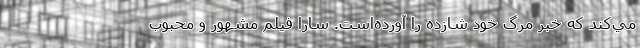
مي‌کند که خبر مرگ خود شازده را آورده‌است. سارا فيلم مشهور و محبوب